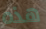
هذه